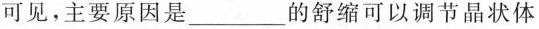
可见，主要原因是______的舒缩可以调节晶状体